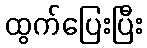
ထွက်ပြေးပြီး